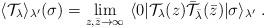
LaTeX: \begin{align*}\langle\mathcal{T}_{\lambda}\rangle_{\lambda'}(\sigma)=\lim_{z,\bar{z}\to \infty}\ \langle 0|\mathcal{T}_{\lambda}(z)\bar{\mathcal{T}}_{\bar{\lambda}}(\bar{z})|\sigma\rangle_{\lambda'}\;.\end{align*}